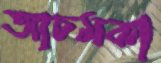
আচমকা